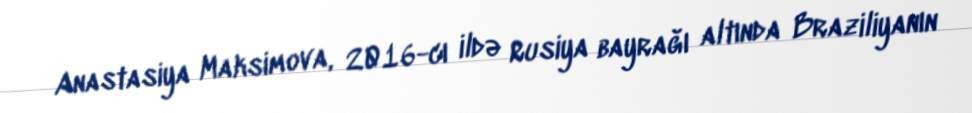
Anastasiya Maksimova, 2016-cı ildə Rusiya bayrağı altında Braziliyanın